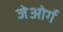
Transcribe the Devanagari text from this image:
जेओर्ग